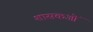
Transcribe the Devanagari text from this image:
शासकओं